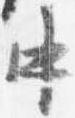
中